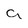
Character: 9